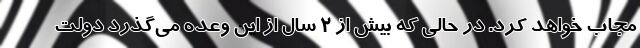
مجاب خواهد کرد. در حالی که بیش از ۲ سال از این وعده می‌گذرد دولت